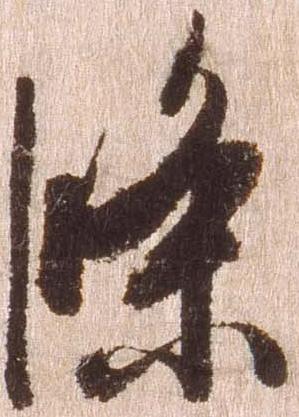
条